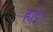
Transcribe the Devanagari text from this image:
हाई।